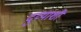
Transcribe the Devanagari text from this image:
दुव्याशी